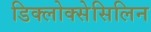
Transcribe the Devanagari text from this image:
डिक्लोक्सेसिलिन